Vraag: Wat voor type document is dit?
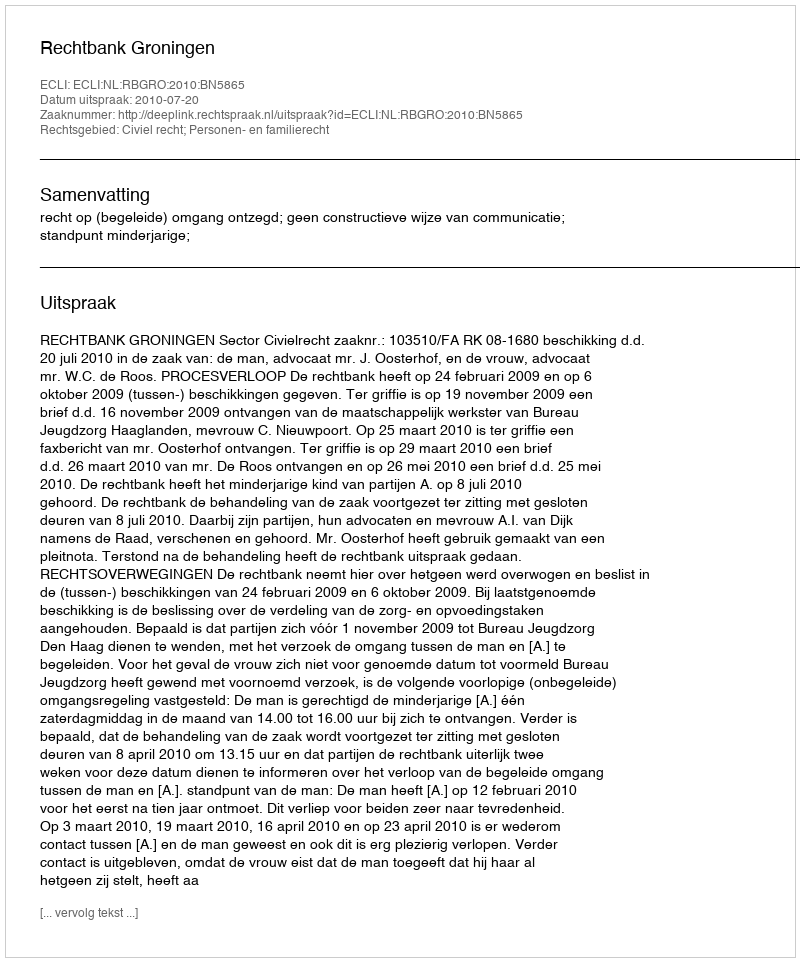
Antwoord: Uitspraak